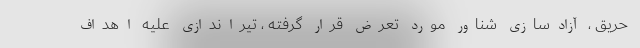
حریق ، آزادسازی شناور مورد تعرض قرار گرفته ، تیراندازی علیه اهداف